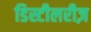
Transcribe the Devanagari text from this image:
डिस्टीलरीज़